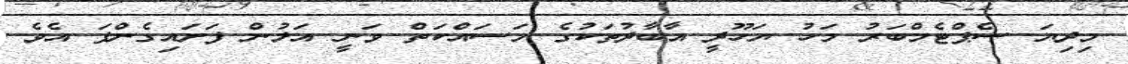
މިދިޔަ ސެޕްޓެމްބަރު މަހު ޔަހޫދީ އާބާދުތަކުގެ މަސައްކަތް ވަނީ އަލުން ފަށައިގެންފަ އެވެ.